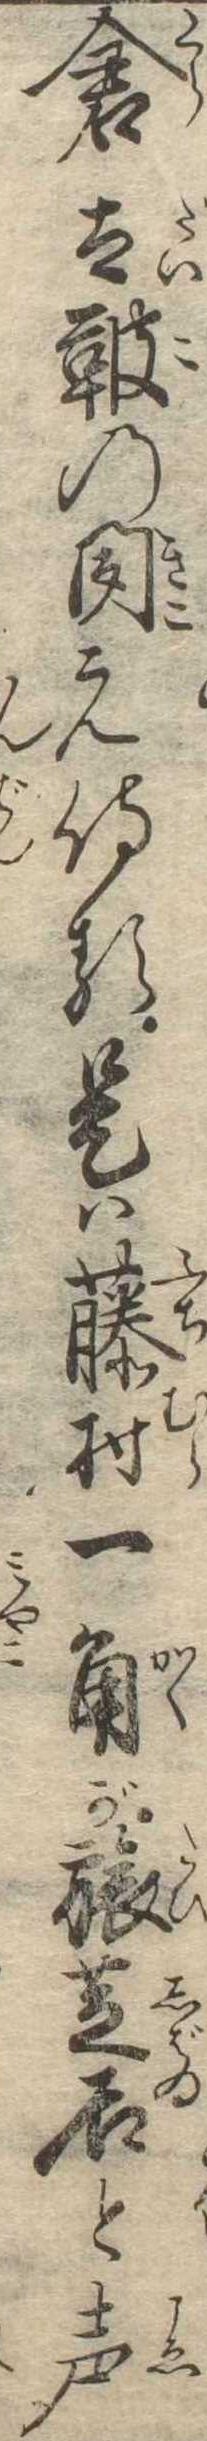
倉太鞁の聞え侍る是は藤村一角が旅芝居と声